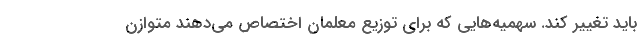
باید تغییر کند. سهمیه‌هایی که برای توزیع معلمان اختصاص می‌دهند متوازن